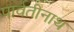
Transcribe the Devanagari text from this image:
पार्वतीनाथ